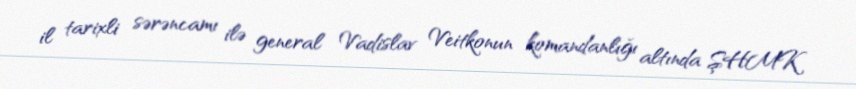
il tarixli sərəncamı ilə general Vadislav Veitkonun komandanlığı altında ŞHMK